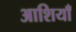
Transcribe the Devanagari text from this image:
आशियाँ